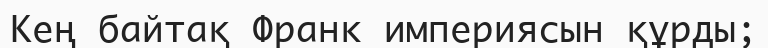
Кең байтақ Франк империясын құрды;